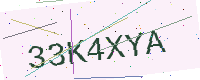
Text: 33K4XYA